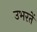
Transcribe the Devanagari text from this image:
उभरतें